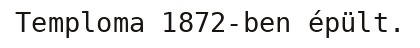
Temploma 1872-ben épült.